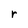
Character: r